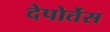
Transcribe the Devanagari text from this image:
देपोर्तेस